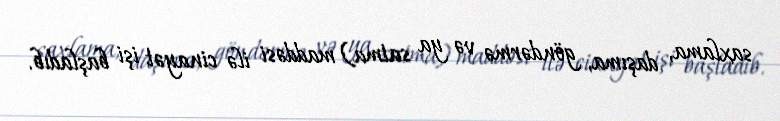
saxlama, daşıma, göndərmə və ya satma) maddəsi ilə cinayət işi başladıb.